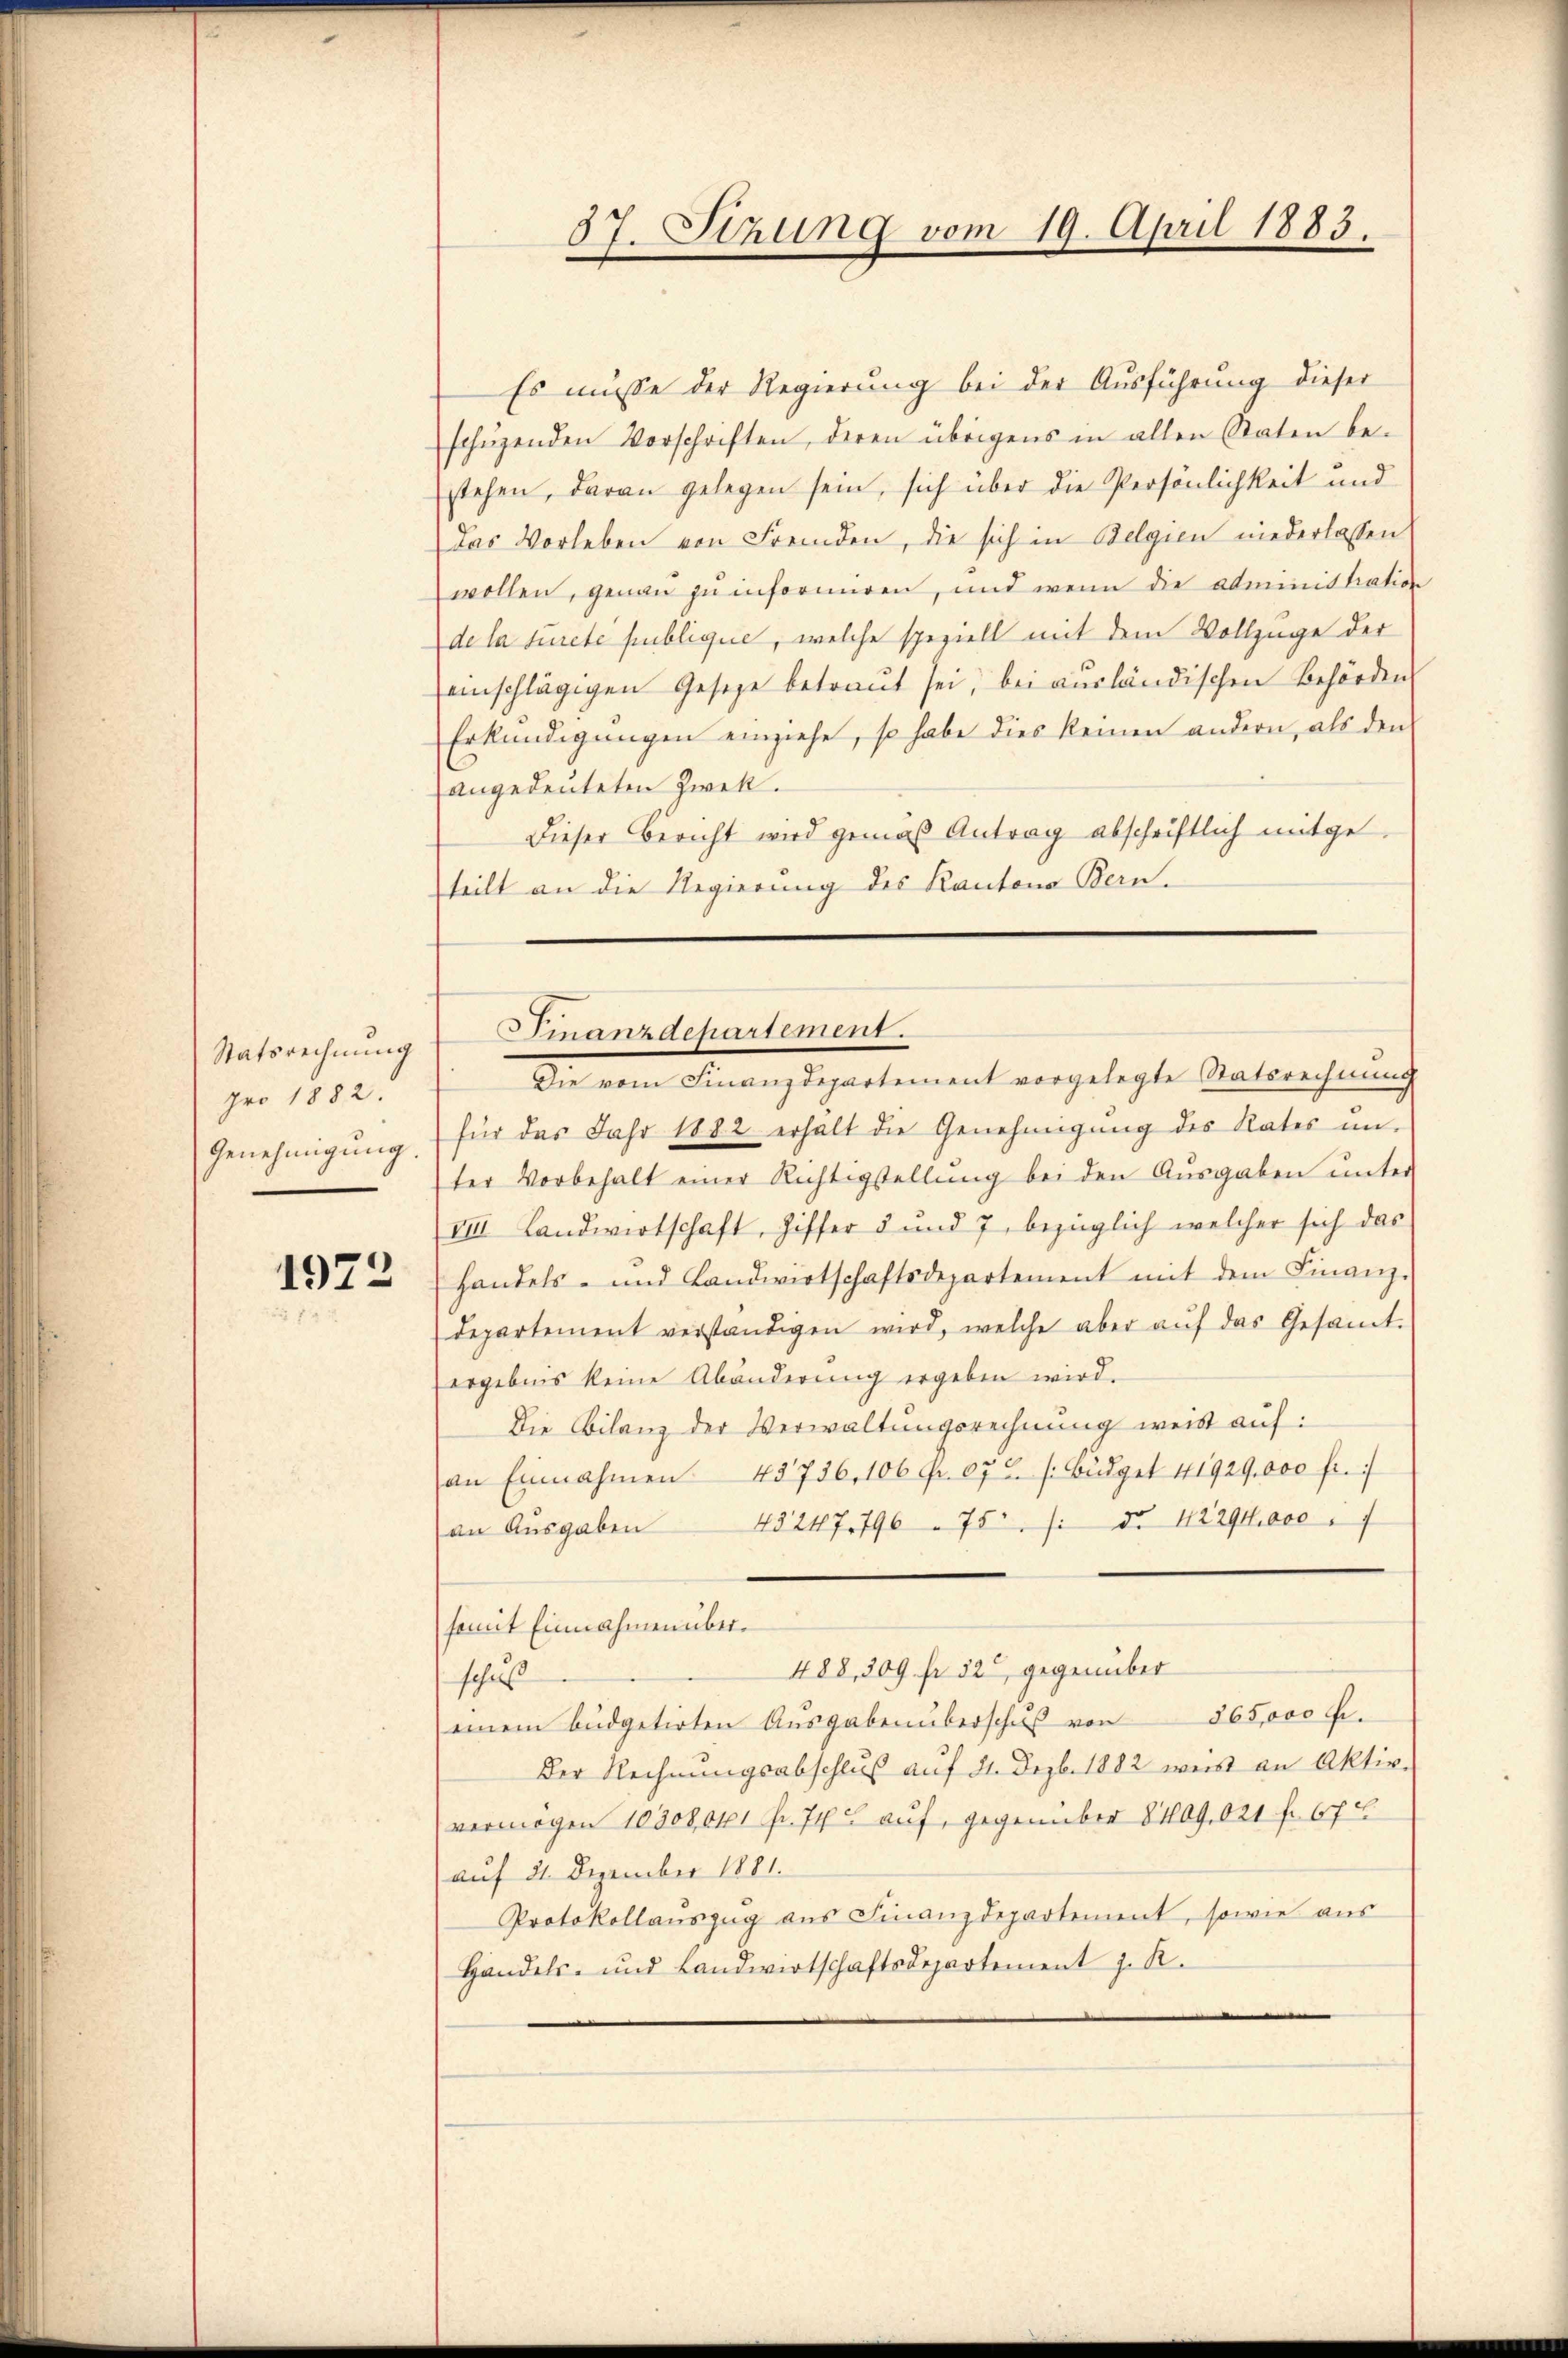
Statsrechnung
pro 1882.
Genehmigung.

1972

Es müsse der Regierung bei der Ausführung dieser
schüzenden Vorschriften, deren übrigens in allen Staten be-
stehen, daran gelegen sein, sich über die Persönlichkeit und
Das Vorleben von Fremden, die sich in Belgien niederlassen
wollen, genau zu informiren, und wenn die administration
dela sureté publique, welche speziell mit dem Vollzuge der
reinschlägigen Gesetze betraut sei, bei ausländischen Behörden
Erkündigungen einziehe, so habe dies keinen andern, als den
angedeuteten Zwek.
Dieser Bericht wird gemäß Antrag abschriftlich mitgeteilt an die Regierung des Kantons Bern.
für das Jahr 1882 erhalt die Genehmigŭng des Rates un-
ter Vorbehalt einer Richtigstellŭng bei den Aŭsgaben ŭnter
VIII Landwirtschaft, Ziffer 5 und 7, bezüglich welcher sich das
handels- und Landwirtschaftsdepartement mit dem Finanz-
departement verständigen wird, welche aber aŭf das Gesamt-
ergebnis keine Abänderung ergeben wird.
Die Bilanz der Verwaltungsrechnung weis auf:
an Einnahmen 45736, 106 Fr. 67 u. s. Büdget 41929,000 fr.
an Aŭsgaben 45 247,796 75 /: d. 12294000
somit Einnahmen über¬
488, 309 fr. 320, gegenüber
schul
einem büdgetirten Aŭsgaben überschŭβ von 365,000 Fr.
Der Rechnungsabschluß auf 31. Dezb. 1882 weis an Aktiv-
vermögen 10308,041 Fr. 748 auf, gegenüber 8409. 021 f. 674
auf 21. Dezember 1881.
Protokollanszŭg aŭs Finanzdepartement, sowie aus
Handels- und Landwirtschaftsdepartement z. R.

57. Stzung vom 19. April 1883.

Finanzdepartement.
Die vom Finanzdepartement vorgelegte Ratsrechnung